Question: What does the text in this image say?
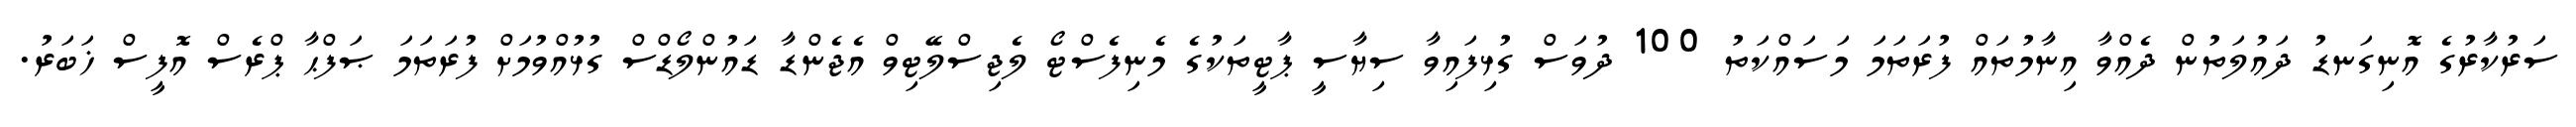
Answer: ސަރުކާރުގެ އޮނިގަނޑު ދައުލަތުން ދެއްވާ އިނާމުތައް ފުރަތަމަ މަސައްކަތު 100 ދުވަސް ގުޅިފައިވާ ސިޔާސީ ޕާޓީތަކުގެ މެނިފެސްޓޯ ލެޖިސްލޭޓިވް އެޖެންޑާ ޑައުންލޯޑްސް ގުޅުއްވުމަށް ފުރަތަމަ ޞަފްޙާ ޕްރެސް އޮފީސް ޚަބަރު.